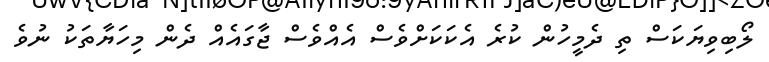
ލޯބިވިޔަކަސް ތި ދެމީހުން ކުރެ އެކަކަށްވެސް އެއްވެސް ޖާގައެއް ދެން މިހަޔާތަކު ނުވެ